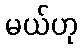
မယ်ဟု